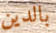
بالدين